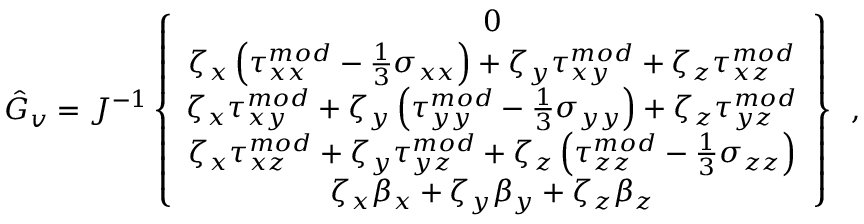
\hat { G } _ { v } = J ^ { - 1 } \left\{ \begin{array} { c } { 0 } \\ { \zeta _ { x } \left( { \tau } _ { x x } ^ { m o d } - \frac { 1 } { 3 } \sigma _ { x x } \right) + \zeta _ { y } { \tau } _ { x y } ^ { m o d } + \zeta _ { z } { \tau } _ { x z } ^ { m o d } } \\ { \zeta _ { x } { \tau } _ { x y } ^ { m o d } + \zeta _ { y } \left( { \tau } _ { y y } ^ { m o d } - \frac { 1 } { 3 } \sigma _ { y y } \right) + \zeta _ { z } { \tau } _ { y z } ^ { m o d } } \\ { \zeta _ { x } { \tau } _ { x z } ^ { m o d } + \zeta _ { y } { \tau } _ { y z } ^ { m o d } + \zeta _ { z } \left( { \tau } _ { z z } ^ { m o d } - \frac { 1 } { 3 } \sigma _ { z z } \right) } \\ { \zeta _ { x } { \beta } _ { x } + \zeta _ { y } { \beta } _ { y } + \zeta _ { z } { \beta } _ { z } } \end{array} \right\} \, \mathrm { ~ , ~ }